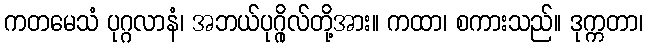
ကတမေသံ ပုဂ္ဂလာနံ၊ အဘယ်ပုဂ္ဂိုလ်တို့အား။ ကထာ၊ စကားသည်။ ဒုက္ကတာ၊